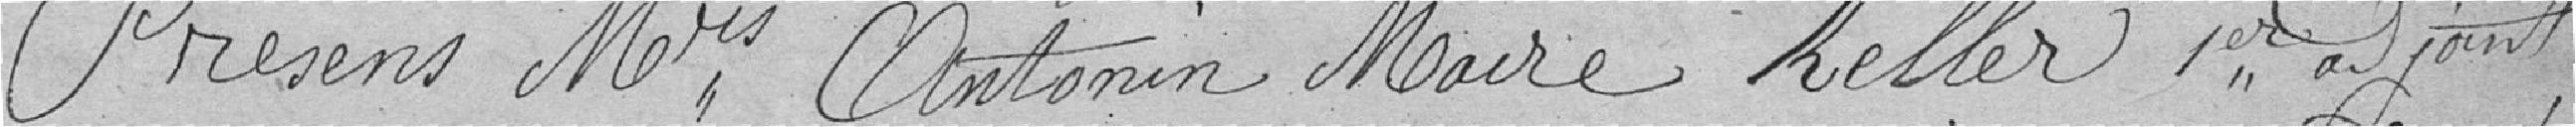
Présents : Messieurs Antonin Maire KELLER 1er adjoint